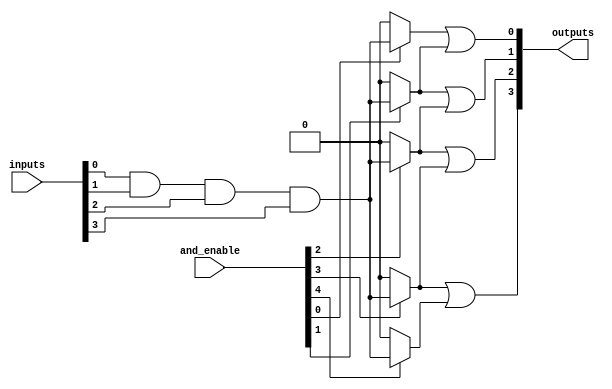
module hs_pal #(
    parameter NUM_INPUTS = 8,    // Number of inputs
    parameter NUM_AND_GATES = 16, // Number of AND gates
    parameter NUM_OUTPUTS = 4     // Number of outputs
)(
    input wire [NUM_INPUTS-1:0] inputs, // Input lines
    input wire [NUM_AND_GATES-1:0] and_enable, // Control signals for AND gates
    output wire [NUM_OUTPUTS-1:0] outputs // Output lines
);

// Programmable AND Array
wire [NUM_AND_GATES-1:0] and_outputs; // Outputs of the AND gates

genvar i, j;
generate
    for (i = 0; i < NUM_AND_GATES; i = i + 1) begin : and_gate
        assign and_outputs[i] = and_enable[i] ? (inputs[0] & inputs[1] & inputs[2] & inputs[3]) : 1'b0; // Example logic
    end
endgenerate

// Fixed OR Array
wire [NUM_OUTPUTS-1:0] or_outputs; // Outputs of the OR gates

generate
    for (j = 0; j < NUM_OUTPUTS; j = j + 1) begin : or_gate
        assign or_outputs[j] = and_outputs[j] | and_outputs[j + 1]; // Example OR logic
    end
endgenerate

// Assign outputs
assign outputs = or_outputs;

endmodule